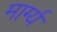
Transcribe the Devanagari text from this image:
मार्ग्य